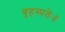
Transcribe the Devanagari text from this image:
बृहस्पतेः॥